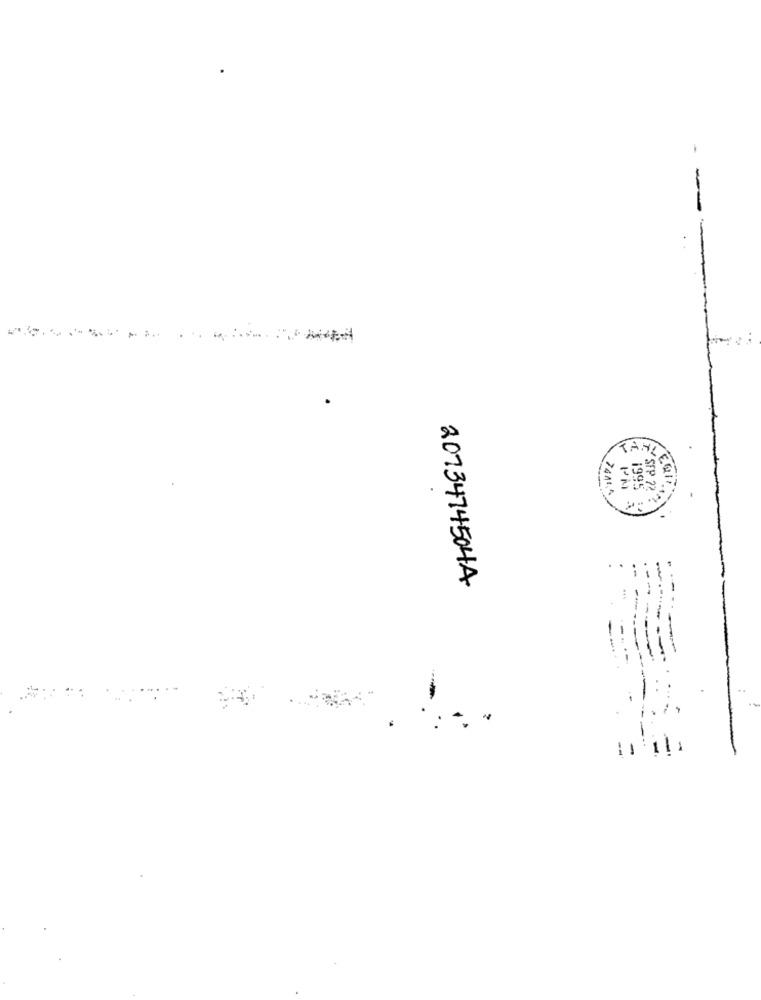
-
T. 1995
EY SFP 72
20734745044
.